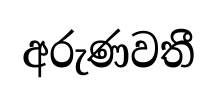
අරුණවතී